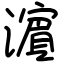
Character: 濵